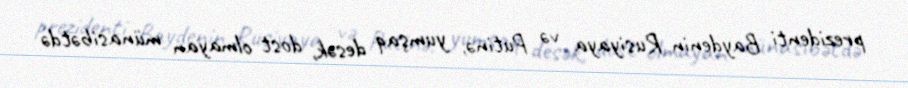
prezidenti Baydenin Rusiyaya və Putinə, yumşaq desək, dost olmayan münasibətdə